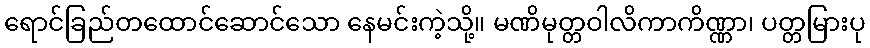
ရောင်ခြည်တထောင်ဆောင်သော နေမင်းကဲ့သို့။ မဏိမုတ္တဝါလိကာကိဏ္ဏာ၊ ပတ္တမြားပု